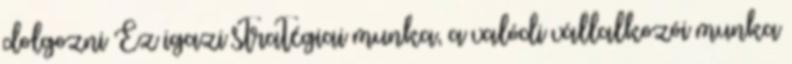
dolgozni Ez igazi stratégiai munka, a valódi vállalkozói munka